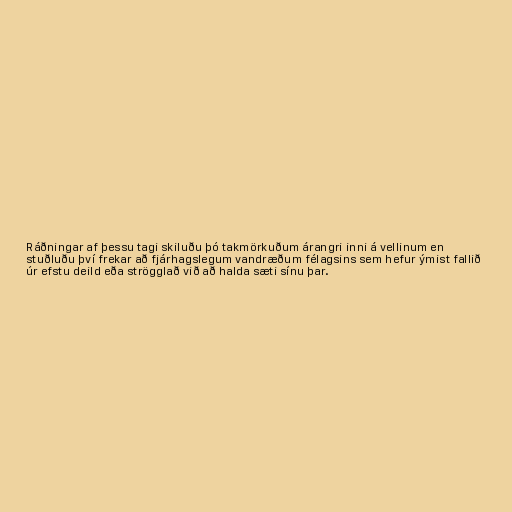
Ráðningar af þessu tagi skiluðu þó takmörkuðum árangri inni á vellinum en
stuðluðu því frekar að fjárhagslegum vandræðum félagsins sem hefur ýmist fallið
úr efstu deild eða strögglað við að halda sæti sínu þar.